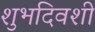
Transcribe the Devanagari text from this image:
शुभदिवशी